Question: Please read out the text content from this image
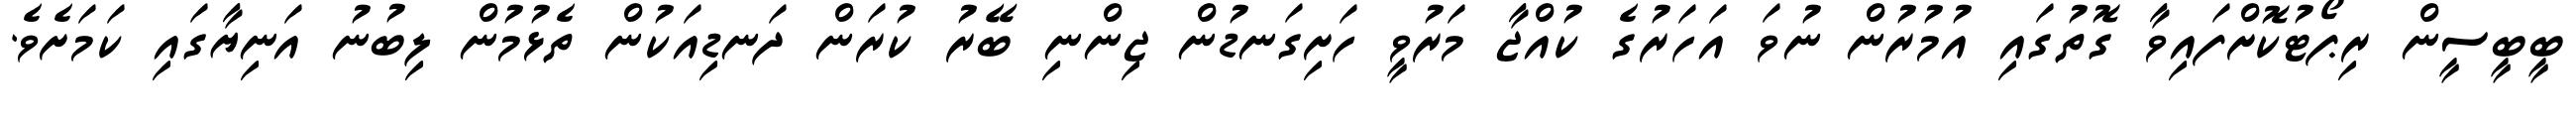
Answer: ބީބީސީން ރިޕޯޓުކޮށްފައިވާ ގޮތުގައި އުމުރުން ނުވަ އަހަރުގެ ކުއްޖާ މަރުވީ ހަށިގަނޑުން ޖިންނި ބޭރު ކުރަން ދަނޑިއަކުން ތެޅުމުން ލިބުނު އަނިޔާގައި ކަމަށެވެ.